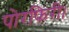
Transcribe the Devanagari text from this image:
पोरफिरी।